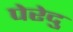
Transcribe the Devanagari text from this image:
पेरेदु